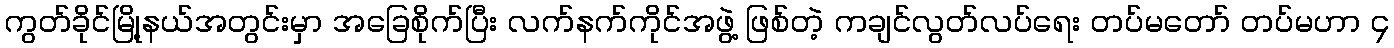
ကွတ်ခိုင်မြို့နယ်အတွင်းမှာ အခြေစိုက်ပြီး လက်နက်ကိုင်အဖွဲ့ ဖြစ်တဲ့ ကချင်လွတ်လပ်ရေး တပ်မတော် တပ်မဟာ ၄